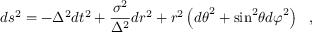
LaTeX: d s ^ { 2 } = - \Delta ^ { 2 } d t ^ { 2 } + \frac { \sigma ^ { 2 } } { \Delta ^ { 2 } } d r ^ { 2 } + r ^ { 2 } \left( { d \theta } ^ { 2 } + { \sin } ^ { 2 } \theta { d \varphi } ^ { 2 } \right) ~ ~ ,